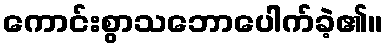
ကောင်းစွာသဘောပေါက်ခဲ့၏။